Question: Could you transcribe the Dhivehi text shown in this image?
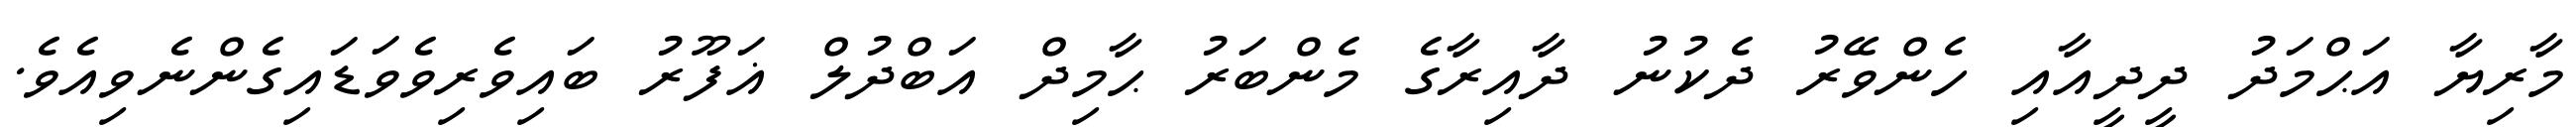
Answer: މާރިޔާ އަޙްމަދު ދީދީއާއި ހެންވޭރު ދެކުނު ދާއިރާގެ މެންބަރު ޙާމިދް އަބްދުލް ޣަފޫރު ބައިވެރިވެވަޑައިގެންނެވިއެވެ.